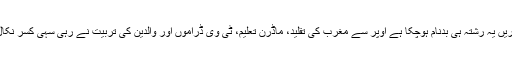
بس کیا کریں یہ رشتہ ہی بدنام ہوچکا ہے اوپر سے مغرب کی تقلید، ماڈرن تعلیم، ٹی وی ڈراموں اور والدین کی تربیت نے رہی سہی کسر نکال دی ہے۔